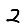
Digit: 2